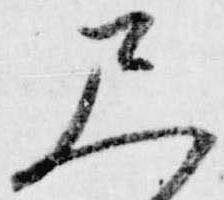
尺